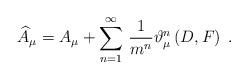
LaTeX: \begin{align*}\widehat{A}_\mu =A_\mu +\sum_{n=1}^\infty \,\frac 1{m^n}\vartheta _\mu^n\left( D,F\right) \;. \end{align*}